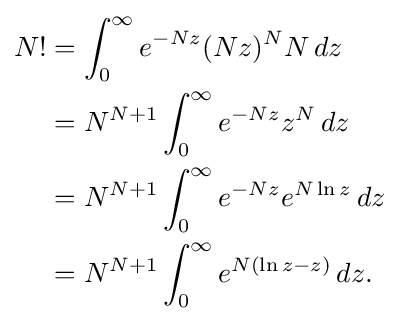
{\begin{aligned}N!&=\int _{0}^{\infty }e^{-Nz}(Nz)^{N}N\,dz\\&=N^{N+1}\int _{0}^{\infty }e^{-Nz}z^{N}\,dz\\&=N^{N+1}\int _{0}^{\infty }e^{-Nz}e^{N\ln z}\,dz\\&=N^{N+1}\int _{0}^{\infty }e^{N(\ln z-z)}\,dz.\end{aligned}}